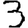
Digit: 3